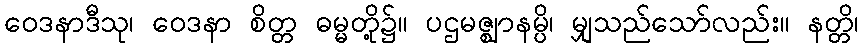
ဝေဒနာဒီသု၊ ဝေဒနာ စိတ္တ ဓမ္မတို့၌။ ပဌမဇ္ဈာနမ္ပိ၊ မျှသည်သော်လည်း။ နတ္တိ၊